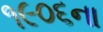
૧૯૦૬ના